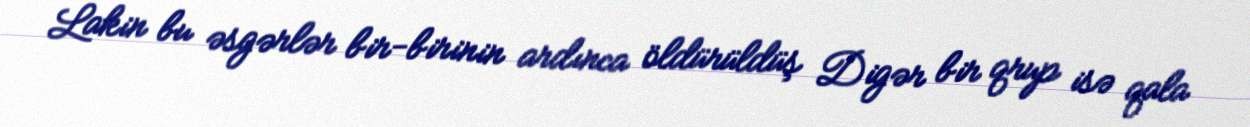
Lakin bu əsgərlər bir-birinin ardınca öldürüldüş Digər bir qrup isə qala